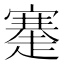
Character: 䞿